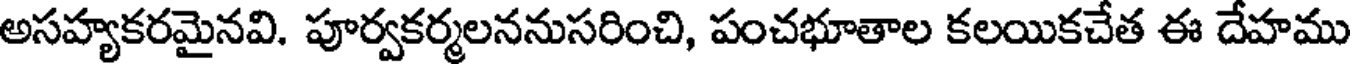
అసహ్యకరమైనవి. పూర్వకర్మలననుసరించి, పంచభూతాల కలయికచేత ఈ దేహము